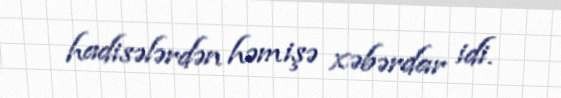
hadisələrdən həmişə xəbərdar idi.